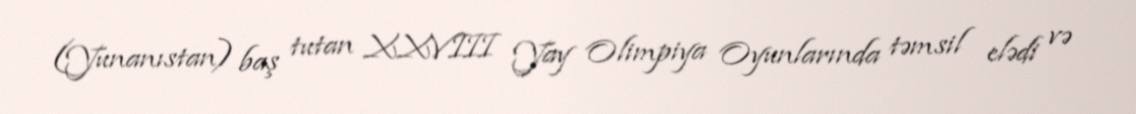
(Yunanıstan) baş tutan XXVIII Yay Olimpiya Oyunlarında təmsil elədi və